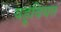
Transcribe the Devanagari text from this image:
यहूदियत